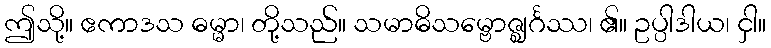
ဤသို့။ ဧကာဒသ ဓမ္မာ၊ တို့သည်။ သမာဓိသမ္ဗောဇ္ဈင်္ဂဿ၊ ၏။ ဥပ္ပါဒါယ၊ ငှါ။